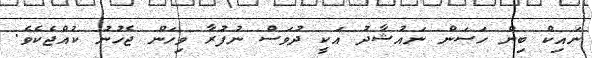
ނައިކް ބިން ހަސަން ނައުޝާދު އަކީ ދުވަސް ނުފުރާ ވިހަން ޖެހުނު ކުއްޖެކެވެ.